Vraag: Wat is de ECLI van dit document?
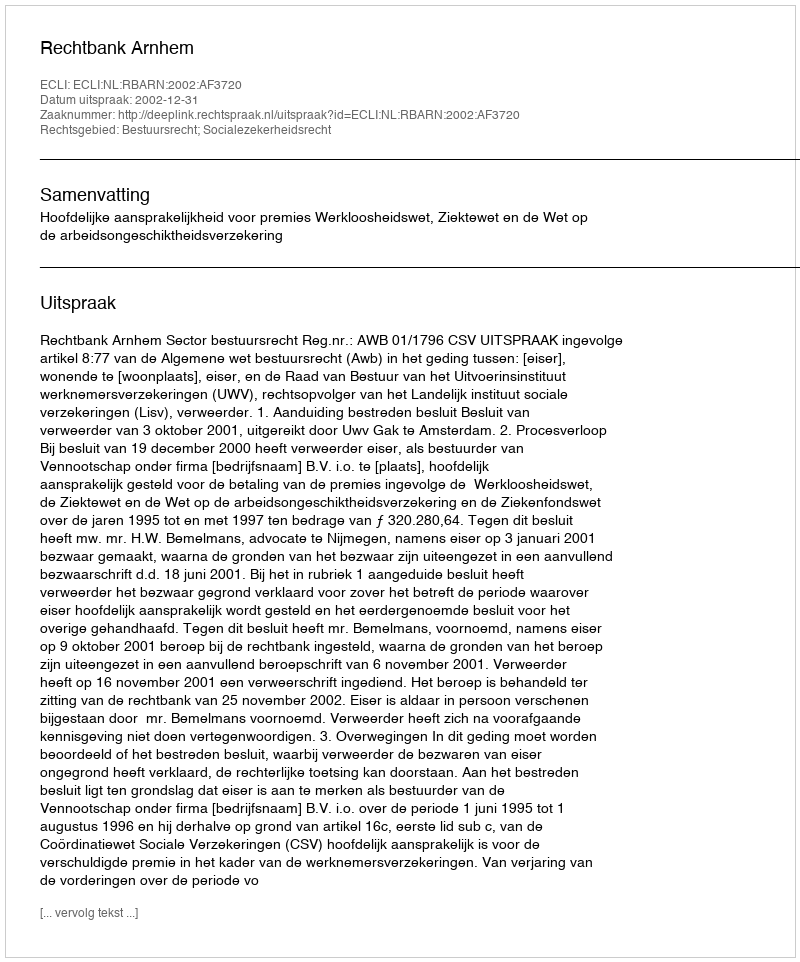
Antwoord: ECLI:NL:RBARN:2002:AF3720